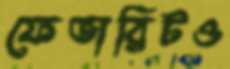
ফেভারিটও